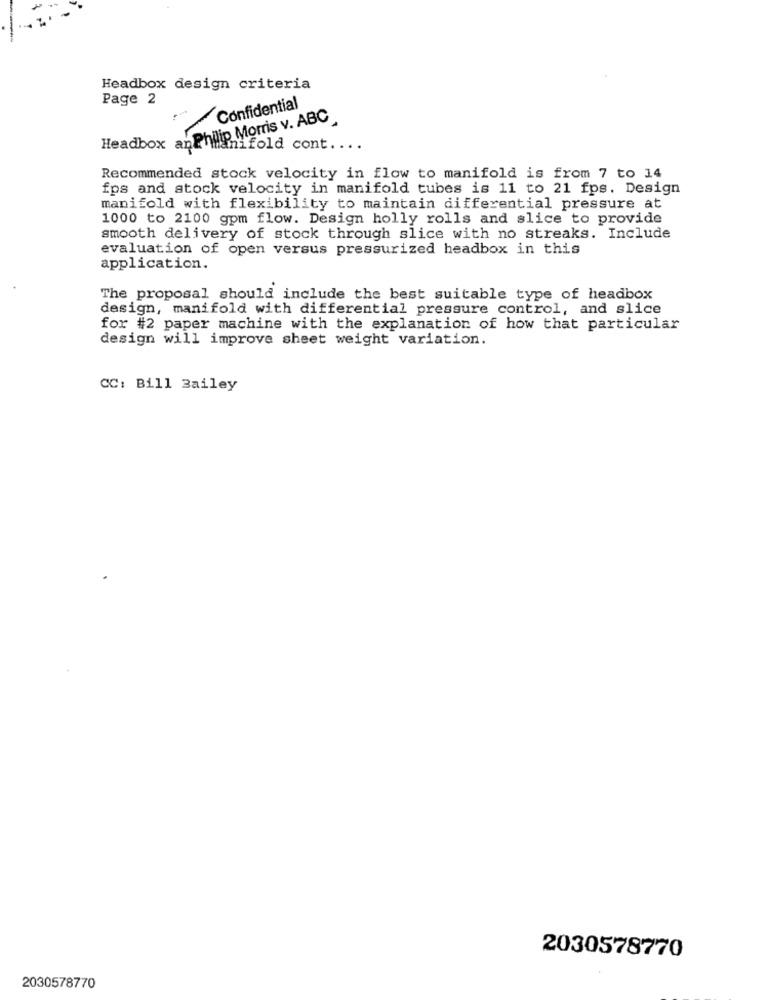
Headbox design criteria
Page 2
Confidential
Headbox anPhilip Morris v. ABC
manifold cont ....
Recommended stock velocity in flow to manifold is from 7 to 14
fps and stock velocity in manifold tubes is 11 to 21 fps. Design
manifold with flexibility to maintain differential pressure at
1000 to 2100 gpm flow. Design holly rolls and slice to provide
smooth delivery of stock through slice with no streaks. Include
evaluation of open versus pressurized headbox in this
application.
The proposal should include the best suitable type of headbox
design, manifold with differential pressure control, and slice
for #2 paper machine with the explanation of how that particular
design will improve sheet weight variation.
CC: Bill Bailey
2030578770
2030578770